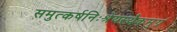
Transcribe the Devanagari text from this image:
समुत्कर्षनिःश्रेयस्यैकमुग्रं